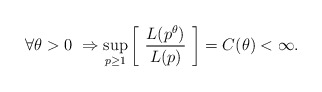
\begin{align*} \forall \theta > 0 \ \Rightarrow \sup_{p \ge 1} \left[ \ \frac{L(p^{\theta})}{L(p)} \ \right] = C(\theta) < \infty.\end{align*}